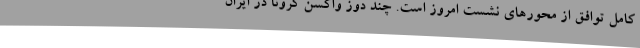
کامل توافق از محورهای نشست امروز است. چند دوز واکسن کرونا در ایران